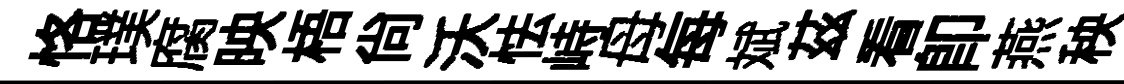
恪璞腐映梧尚沃怯峙母每斌茲看即燕秧